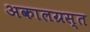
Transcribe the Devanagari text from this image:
अकालग्रस्त